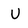
Character: U